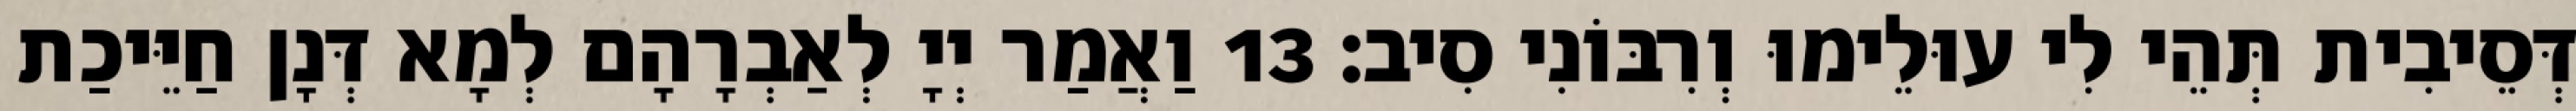
דְּסֵיבִית תְּהֵי לִי עוּלֵימוּ וְרִבּוֹנִי סִיב׃ 13 וַאֲמַר יְיָ לְאַבְרָהָם לְמָא דְּנָן חַיֵּיכַת